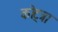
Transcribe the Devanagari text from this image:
कोट्त्रा